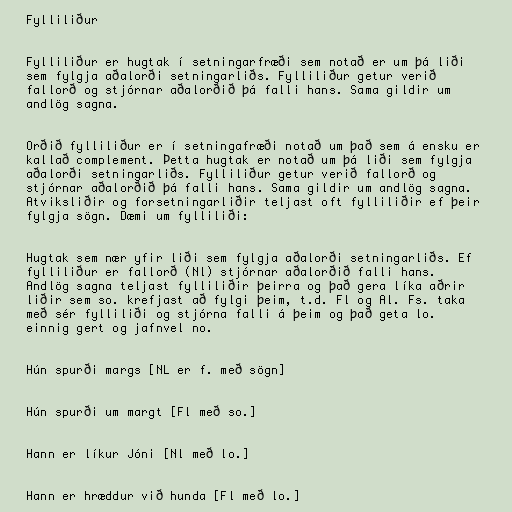
Fylliliður

Fylliliður er hugtak í setningarfræði sem notað er um þá liði
sem fylgja aðalorði setningarliðs. Fylliliður getur verið
fallorð og stjórnar aðalorðið þá falli hans. Sama gildir um
andlög sagna.

Orðið fylliliður er í setningafræði notað um það sem á ensku er
kallað complement. Þetta hugtak er notað um þá liði sem fylgja
aðalorði setningarliðs. Fylliliður getur verið fallorð og
stjórnar aðalorðið þá falli hans. Sama gildir um andlög sagna.
Atviksliðir og forsetningarliðir teljast oft fylliliðir ef þeir
fylgja sögn. Dæmi um fylliliði:

Hugtak sem nær yfir liði sem fylgja aðalorði setningarliðs. Ef
fylliliður er fallorð (Nl) stjórnar aðalorðið falli hans.
Andlög sagna teljast fylliliðir þeirra og það gera líka aðrir
liðir sem so. krefjast að fylgi þeim, t.d. Fl og Al. Fs. taka
með sér fylliliði og stjórna falli á þeim og það geta lo.
einnig gert og jafnvel no.

Hún spurði margs [NL er f. með sögn]

Hún spurði um margt [Fl með so.]

Hann er líkur Jóni [Nl með lo.]

Hann er hræddur við hunda [Fl með lo.]